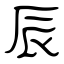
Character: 辰